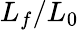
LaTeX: L_{f}/L_{0}